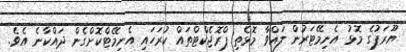
ޔޫރަޕުގެ މޮޅު އެނިމޭޓަރުން ލައްވާ މޮޅެތި ޕްރޮޖެކްޓްތައް ކުރަހައި އެނިމޭޓްކޮށްގެން ދައްކާނެ އެވެ.